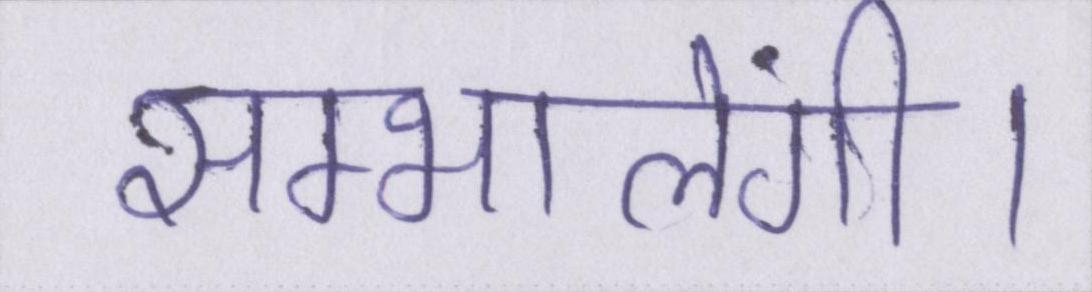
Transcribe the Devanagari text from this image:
सम्भालेंगी।